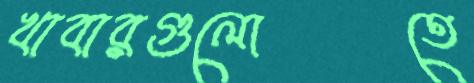
খাবারগুলোতে